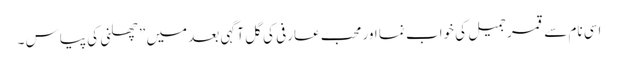
اسی نام سے قمر جمیل کی خواب نما اور محب عارفی کی گل آگہی بعد میں ” چھلنی کی پیاس ۔